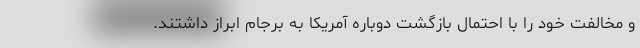
و مخالفت خود را با احتمال بازگشت دوباره آمریکا به برجام ابراز داشتند.